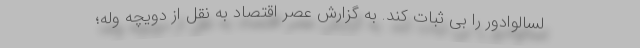
لسالوادور را بی ثبات کند. به گزارش عصر اقتصاد به نقل از دویچه وله؛